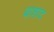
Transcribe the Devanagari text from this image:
बाशाद